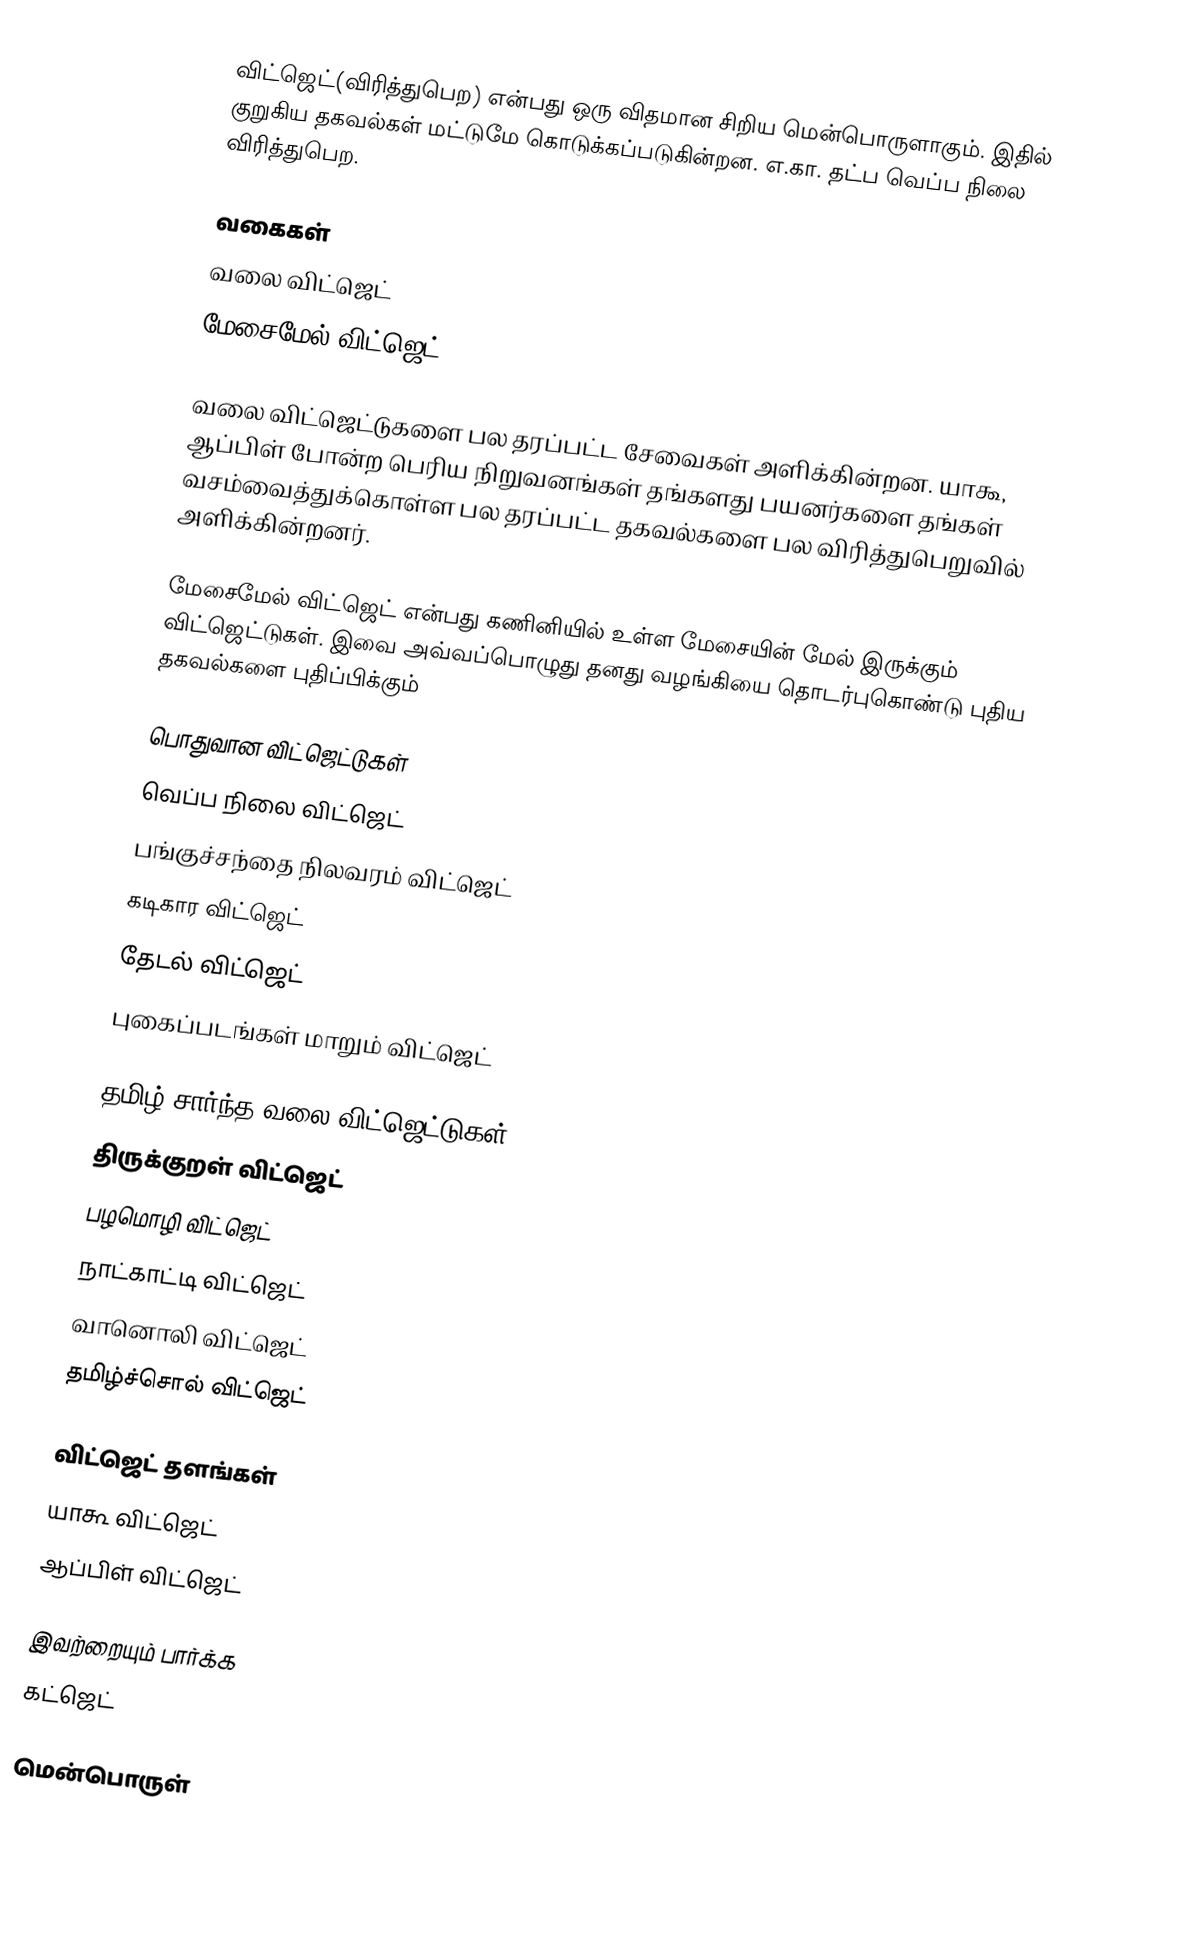
விட்ஜெட்(விரித்துபெற) என்பது ஒரு விதமான சிறிய மென்பொருளாகும். இதில் குறுகிய தகவல்கள் மட்டுமே கொடுக்கப்படுகின்றன. எ.கா. தட்ப வெப்ப நிலை விரித்துபெற.

வகைகள்
 வலை விட்ஜெட்
 மேசைமேல் விட்ஜெட்

வலை விட்ஜெட்டுகளை பல தரப்பட்ட சேவைகள் அளிக்கின்றன. யாகூ, ஆப்பிள் போன்ற பெரிய நிறுவனங்கள் தங்களது பயனர்களை தங்கள் வசம்வைத்துக்கொள்ள பல தரப்பட்ட தகவல்களை பல விரித்துபெறுவில் அளிக்கின்றனர்.

மேசைமேல் விட்ஜெட் என்பது கணினியில் உள்ள மேசையின் மேல் இருக்கும் விட்ஜெட்டுகள். இவை அவ்வப்பொழுது தனது வழங்கியை தொடர்புகொண்டு புதிய தகவல்களை புதிப்பிக்கும்

பொதுவான விட்ஜெட்டுகள்
 வெப்ப நிலை விட்ஜெட்
 பங்குச்சந்தை நிலவரம் விட்ஜெட்
 கடிகார விட்ஜெட்
 தேடல் விட்ஜெட்
 புகைப்படங்கள் மாறும் விட்ஜெட்

தமிழ் சார்ந்த வலை விட்ஜெட்டுகள்
 திருக்குறள் விட்ஜெட்
 பழமொழி விட்ஜெட்
 நாட்காட்டி விட்ஜெட்
 வானொலி விட்ஜெட்
 தமிழ்ச்சொல் விட்ஜெட்

விட்ஜெட் தளங்கள்
 யாகூ விட்ஜெட்
 ஆப்பிள் விட்ஜெட்

இவற்றையும் பார்க்க
கட்ஜெட்

மென்பொருள்